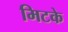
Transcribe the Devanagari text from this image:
मिटके